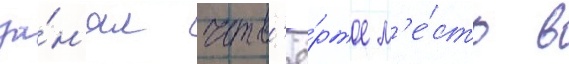
за́н'ял четв'ё́ртое м'е́сто в